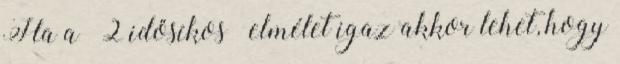
Ha a “2 idősíkos” elmélet igaz akkor lehet, hogy